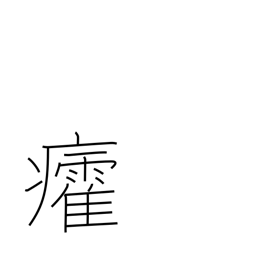
Meaning: sunstroke